Leaving Certificate, 1901
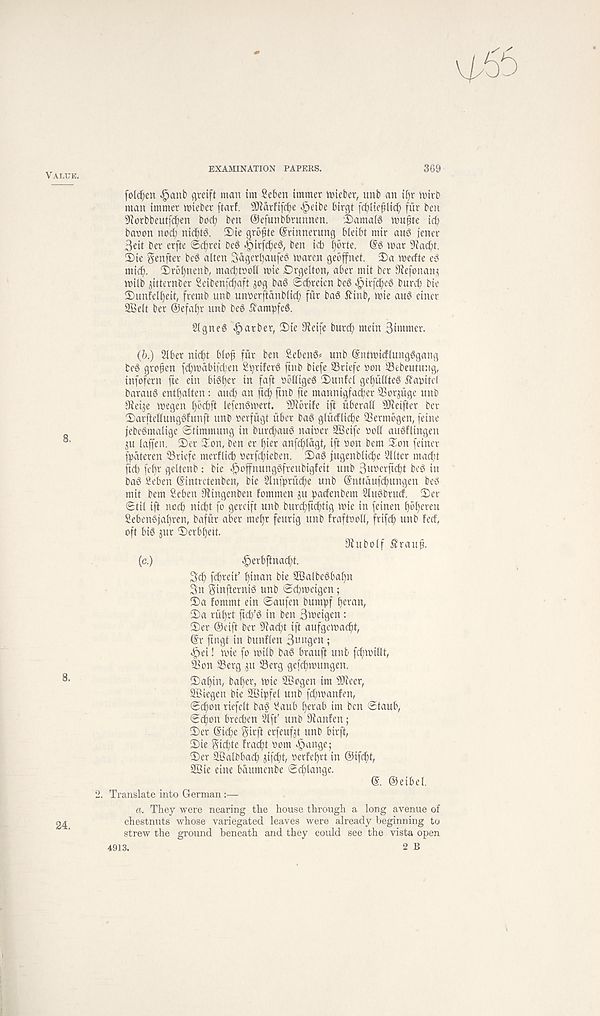
Value.
EXAMINATION PAPERS.
369
folcfjen ^anb cjreift man im Seben immer ttieber, unb an if)r nritD
man immer tnieber ftarf. Sftarfifdje ^etbe birgt fc^Hefltc^ fur ben
9^orbbeutfcf)en bocf) ben ©efunbbrunnen. 'I)amalg wupte irf;
banon nod; nicEdd. ®ie grbfte ©rinnerung bietbt mir and jener
3eit ber erfte ©dfret bed |)irfcf)ed, ben id; l^brte. @d loar 9iacbt.
5)ie ?5enfter bed alien 3dgerl)aufed nwren gebffnet. 3)a tt)erfte ed
mid;. 3)rbt)nenb, macbtooll tt)ie Drgelton, aber mil ber Stefonan*
loilb ^itternber 2eibenfcf»aft jog bad ©cbreien bed «£)irfd;ed burcb bie
3)unfdE)eit, fremb unb unoerftdnblicf; fur bad 5binb, ioie aud einer
Sffielt ber @efaf)r unb bed ibampfed.
Signed barber, IDie 0?eife burt^ mein Simmer.
(&.) Slber ni<^t bloji fiir ben Sebend# unb (Sntttncflungdgang
bed gro^en fcf)n)dbit' d;en S^riferd ftnb biefe SBriefe non 33ebeuiu;tg,
infofern fte ein bidder in faft oodiged 'Dunfcl gef)ullted £aoiie(
baraud entfjalten: aud; an ftcf; ftnb fie mannigfad;er 93orjuge unb
9ieije voegen l)bcbft lefendmert. SJibrife ift iiberall SJieifter ber
2)arfiellungdfunft unb oerfiigt iiber bad glurflidje ®ermbgen, feine
febedmalige ©iimmung in burdfaud naioer SBeife ooll audflingen
ju laffen. 2)er 3^on, ben er f)ier anfc^lagt, ift son bem Son feiner
fpdteren 33riefe mertlicb oerfd;ieben. !I)ad fugenblic^e SUter mad;t
fid; febr geltenb : bie JDoffnungdfreubigteii unb 3»»erftcf)t bed in
bad Seben (Sintretenben, bte Slnfpruc^e unb Snttaufc^ungen bed
mit bem Seben 9iingenben fommen ju padenbem Sludbruct. 2)er
0til ift neeb nid)t fo gereift unb burcf;fid;tig mie in feinen f)ol)eren
Sebendja^ren, bafitr aber mef)t feurig unb traftood, frife^ unb feef,
oft bid jur Serbljett.
fRubolf £rauf.
(c.)
^erbftnac^t.
Sdf) fc^mf
bie SBalbedbabn
3n gmfternid unb ®d;iveigen;
2)a fommt ein ©aufen bumpf bevnn,
2)a riibrt fieb’d in ben Smeigen :
2er ©eift ber ^daebt ift aufgemacbt,
©r fingt in bunflen Swngen;
e^ei! mie fo milb bad brauft unb febmidt,
Son Serg ju Serg gefebmungen.
2abin, bat)er, mic SBogen im SJieer,
SBiegen bie SBipfel unb fd;n;anfen,
(Bfyon riefelt bad Saub bevab im ben ©taub,
©ebon breeben €ft’ unb dlanfen;
2er ©icbe girft erfeufjt unb birft,
2)ie ^icbte fraebt oom «^ange;
2er SBalbbacb jifd;t, oerfebrt in ©ifebt,
SBie eine bdumenbe ©cblange.
©. ©eibel.
2. Translate into German:—
a. They were nearing the house through a long avenue of
chestnuts whose variegated leaves were already beginning to
strew the ground beneath and they could see the vista open
4913.
2 B